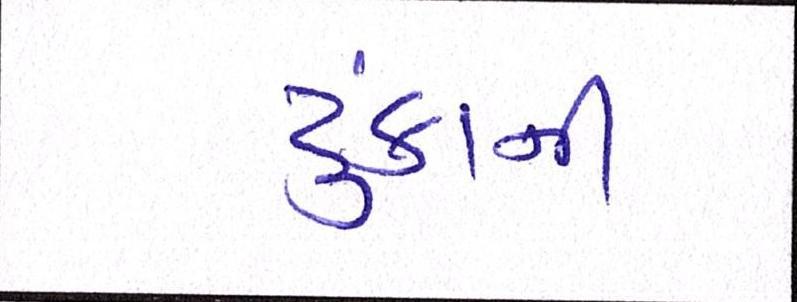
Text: ટુંકાવી